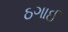
ઠગાઈ